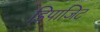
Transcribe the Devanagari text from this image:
डिपाजिट